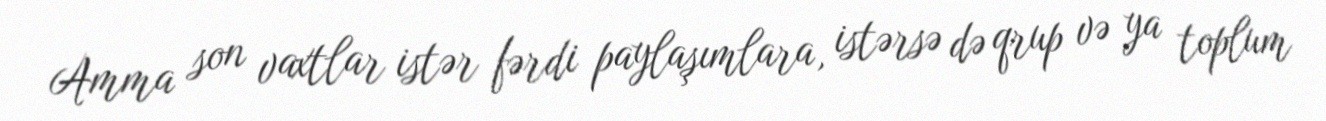
Amma son vaxtlar istər fərdi paylaşımlara, istərsə də qrup və ya toplum